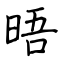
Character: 晤